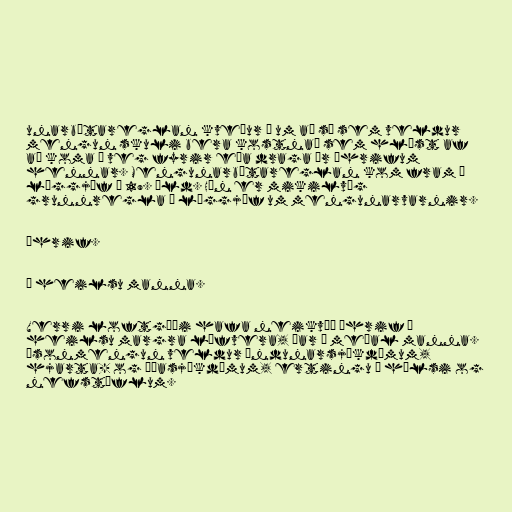
unarbótareglan kveður á um að sá sem veldur
mengun skuli bera kostnað sem hlýst af
að koma í veg fyrir eða draga úr áhrifum
hennar. Mengunarbótareglan kom fram í
löggjöf á 19. öld. Hún er mikilvæg
grunnregla í löggjöf um mengunarvarnir.

Áhrif.

Á heilsu manna.

Verri loftgæði hafa neikvæð áhrif á
heilsu margra lífvera, þar á meðal manna.
Ósonmengun veldur öndunarsjúkdómum,
hjarta- og æðasjúkdómum, ertingu í hálsi og
nefstíflum.